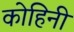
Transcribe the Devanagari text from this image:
कोहिनी